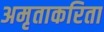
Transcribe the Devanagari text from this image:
अमृताकरिता